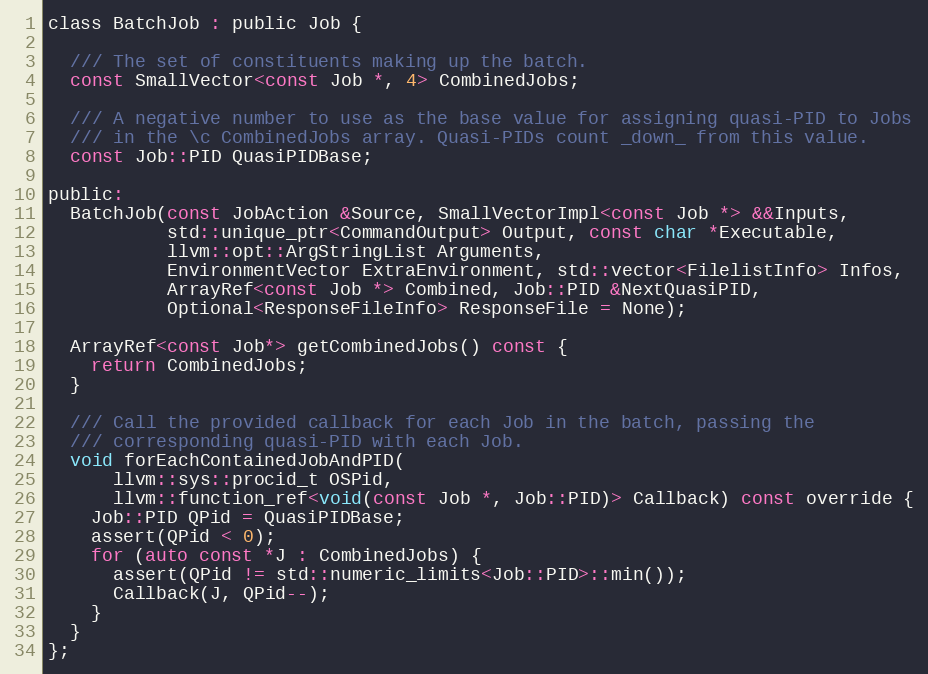
Language: C
class BatchJob : public Job {

  /// The set of constituents making up the batch.
  const SmallVector<const Job *, 4> CombinedJobs;

  /// A negative number to use as the base value for assigning quasi-PID to Jobs
  /// in the \c CombinedJobs array. Quasi-PIDs count _down_ from this value.
  const Job::PID QuasiPIDBase;

public:
  BatchJob(const JobAction &Source, SmallVectorImpl<const Job *> &&Inputs,
           std::unique_ptr<CommandOutput> Output, const char *Executable,
           llvm::opt::ArgStringList Arguments,
           EnvironmentVector ExtraEnvironment, std::vector<FilelistInfo> Infos,
           ArrayRef<const Job *> Combined, Job::PID &NextQuasiPID,
           Optional<ResponseFileInfo> ResponseFile = None);

  ArrayRef<const Job*> getCombinedJobs() const {
    return CombinedJobs;
  }

  /// Call the provided callback for each Job in the batch, passing the
  /// corresponding quasi-PID with each Job.
  void forEachContainedJobAndPID(
      llvm::sys::procid_t OSPid,
      llvm::function_ref<void(const Job *, Job::PID)> Callback) const override {
    Job::PID QPid = QuasiPIDBase;
    assert(QPid < 0);
    for (auto const *J : CombinedJobs) {
      assert(QPid != std::numeric_limits<Job::PID>::min());
      Callback(J, QPid--);
    }
  }
};